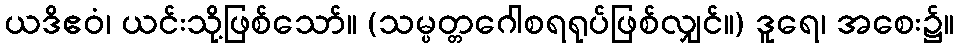
ယဒိဧဝံ၊ ယင်းသို့ဖြစ်သော်။ (သမ္ပတ္တဂေါစရရုပ်ဖြစ်လျှင်။) ဒူရေ၊ အစေး၌။